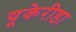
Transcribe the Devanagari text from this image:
यूकेरीडा